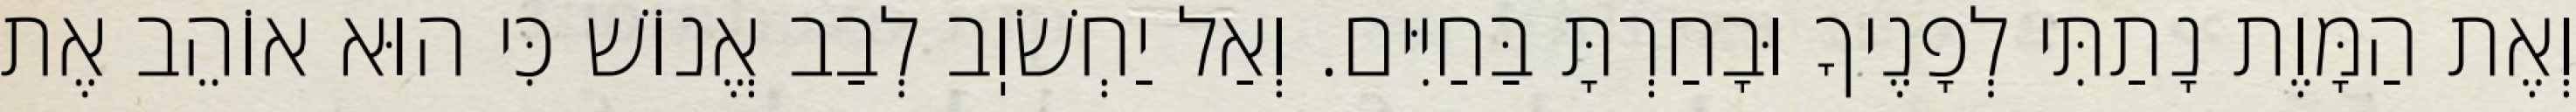
וְאֶת הַמָּוֶת נָתַתִּי לְפָנֶיךָ וּבָחַרְתָּ בַּחַיִּים. וְאַל יַחְשֹׁוֽב לְבַב אֱנוֹשׁ כִּי הוּא אוֹהֵב אֶת